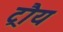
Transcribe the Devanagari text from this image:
ट्रौय